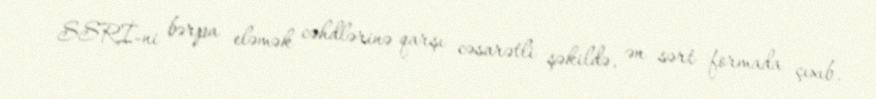
SSRİ-ni bərpa eləmək cəhdlərinə qarşı cəsarətli şəkildə, ən sərt formada çıxıb.